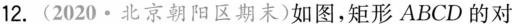
12.(2020·北京朝阳区期末)如图，矩形ABCD的对